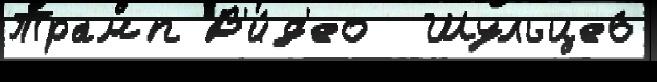
Трамп В'и́д'ео  Шульце6